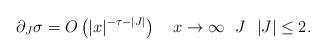
LaTeX: \begin{align*}\partial_{J} \sigma = O \left( |x|^{- \tau - |J| } \right) \ \ \ x \rightarrow \infty \ \ J \ \ |J| \le 2.\end{align*}